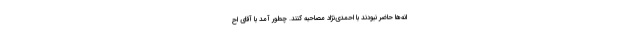
انه‌ها حاضر نبودند با احمدی‌نژاد مصاحبه کنند. چطور آمد با آقای اح